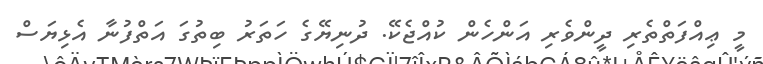
މީ ޢިއްފަތްތެރި ދީންވެރި އަންހެން ކުއްޖެކޭ. ދުނިޔޭގެ ހަތަރު ބިތުގަ އަތްފުނާ އެޅިޔަސް